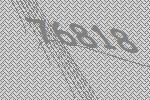
76818